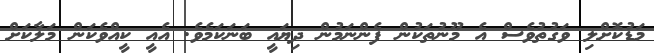
މަޑުކޮށްލި ވަގުތުވެސް އެ މޫނުތަކުން ފެންނަމުން ދިޔައީ ބަނަކަމެވެ. އެއީ ކީއްވެކަން މަލާކަށް